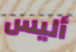
أليس